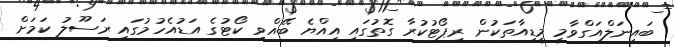
ބައިނަލްއަގްވާމީ މީޑިއާތަކުން ރިޕޯޓުކުރާ ގޮތުގައި އިއްޔެ ބޭއްވި ކޯޓުގެ އަޑުއެހުމުގައި ރަސޫލު ކަމަށް